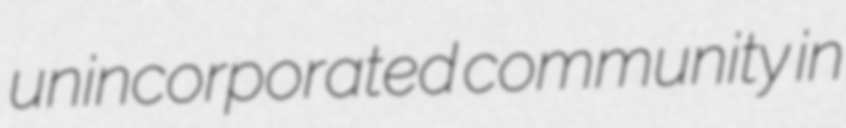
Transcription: unincorporated community in